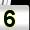
Digit: 5